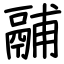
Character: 鬴